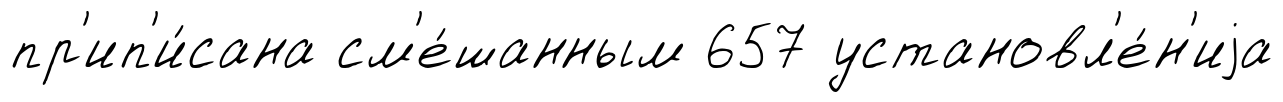
пр'ип'и́сана см'е́шанным 657 установл'е́н'иjа